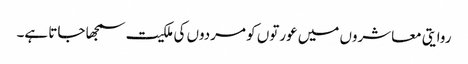
روایتی معاشروں میں عورتوں کو مردوں کی ملکیت سمجھا جاتا ہے۔